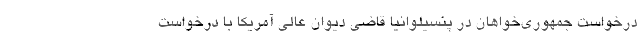
درخواست جمهوری‌خواهان در پنسیلوانیا قاضی دیوان عالی آمریکا با درخواست